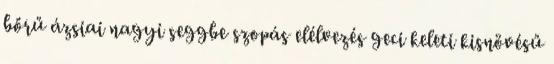
bőrű ázsiai nagyi seggbe szopás elélvezés geci keleti kisnövésű